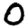
Digit: 0